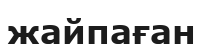
жайпаған